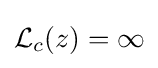
{\mathcal {L}}_{c}(z)=\infty